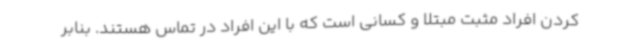
کردن افراد مثبت مبتلا و کسانی است که با این افراد در تماس هستند. بنابر